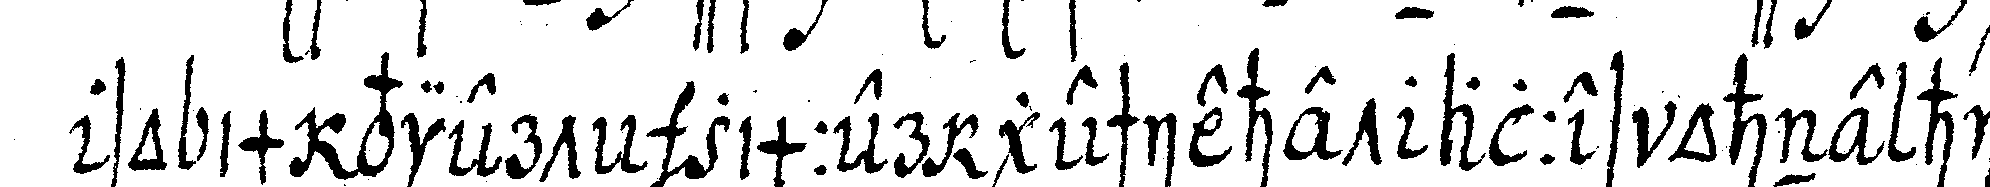
so im vierteN zimmer geschiehet alles ohne hin